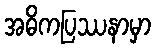
အဓိကပြဿနာမှာ